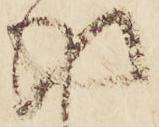
得